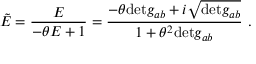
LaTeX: \tilde { E } = \frac { E } { - \theta E + 1 } = \frac { - \theta \mathrm { d e t } g _ { a b } + i \sqrt { \mathrm { d e t } g _ { a b } } } { 1 + \theta ^ { 2 } \mathrm { d e t } g _ { a b } } \ .